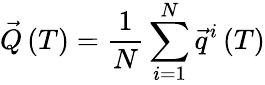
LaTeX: \vec{Q}\left(T\right)=\frac{1}{N}\sum_{i=1}^{N}\vec{q}^{i}\left(T\right)